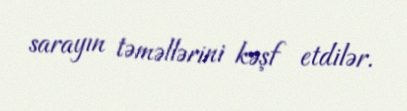
sarayın təməllərini kəşf etdilər.